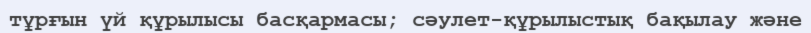
тұрғын үй құрылысы басқармасы; сәулет-құрылыстық бақылау және